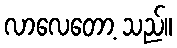
လာလေတော့ သည်။